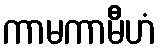
ကာမကာမီဟံ